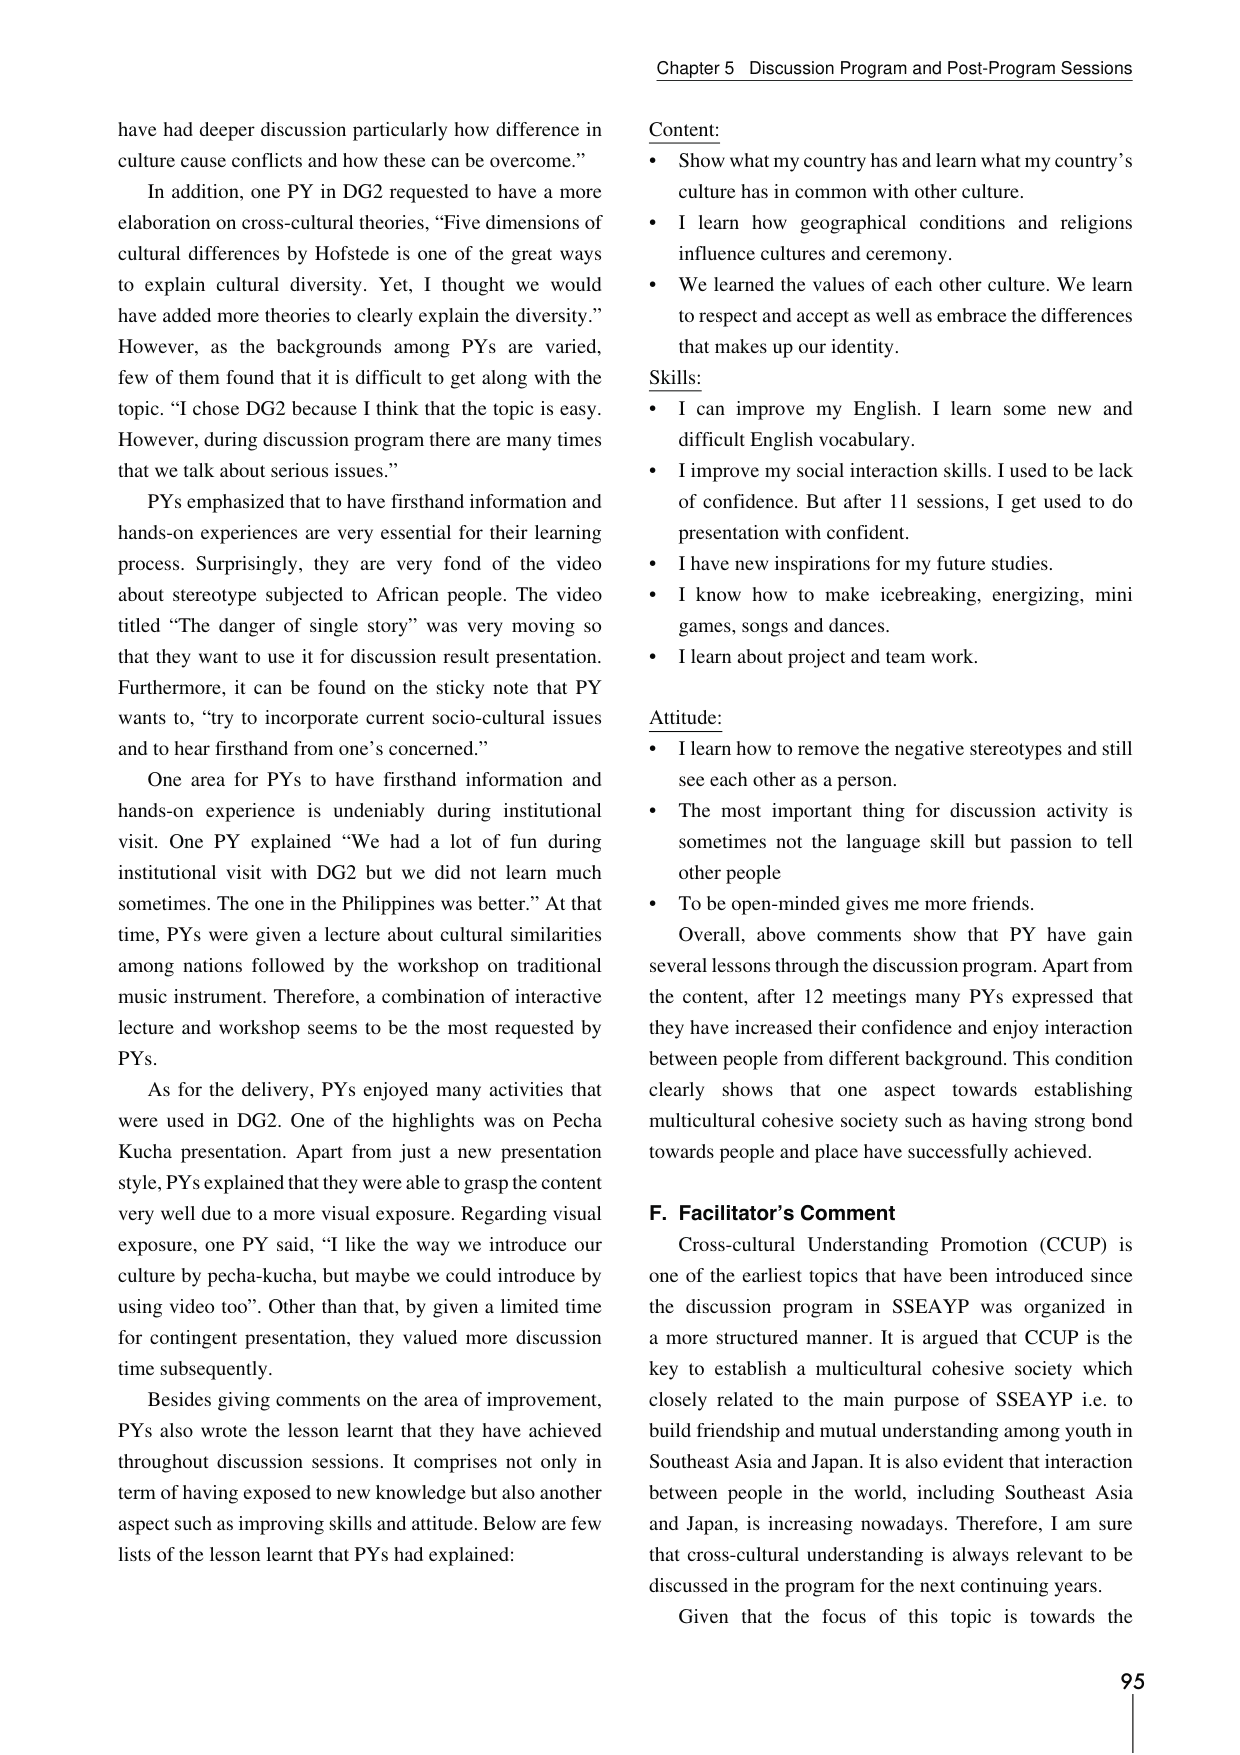
Chapter 5 Discussion Program and Post-Program Sessions

have had deeper discussion particularly how difference in culture cause conflicts and how these can be overcome.”

In addition, one PY in DG2 requested to have a more elaboration on cross-cultural theories, “Five dimensions of cultural differences by Hofstede is one of the great ways to explain cultural diversity. Yet, I thought we would have added more theories to clearly explain the diversity.” However, as the backgrounds among PYs are varied, few of them found that it is difficult to get along with the topic. “I chose DG2 because I think that the topic is easy. However, during discussion program there are many times that we talk about serious issues.”

PYs emphasized that to have firsthand information and hands-on experiences are very essential for their learning process. Surprisingly, they are very fond of the video about stereotype subjected to African people. The video titled “The danger of single story” was very moving so that they want to use it for discussion result presentation. Furthermore, it can be found on the sticky note that PY wants to, “try to incorporate current socio-cultural issues and to hear firsthand from one’s concerned.”

One area for PYs to have firsthand information and hands-on experience is undeniably during institutional visit. One PY explained “We had a lot of fun during institutional visit with DG2 but we did not learn much sometimes. The one in the Philippines was better.” At that time, PYs were given a lecture about cultural similarities among nations followed by the workshop on traditional music instrument. Therefore, a combination of interactive lecture and workshop seems to be the most requested by PYs.

As for the delivery, PYs enjoyed many activities that were used in DG2. One of the highlights was on Pecha Kucha presentation. Apart from just a new presentation style, PYs explained that they were able to grasp the content very well due to a more visual exposure. Regarding visual exposure, one PY said, “I like the way we introduce our culture by pecha-kucha, but maybe we could introduce by using video too”. Other than that, by given a limited time for contingent presentation, they valued more discussion time subsequently.

Besides giving comments on the area of improvement, PYs also wrote the lesson learnt that they have achieved throughout discussion sessions. It comprises not only in term of having exposed to new knowledge but also another aspect such as improving skills and attitude. Below are few lists of the lesson learnt that PYs had explained:

Content:
• Show what my country has and learn what my country’s culture has in common with other culture.
• I learn how geographical conditions and religions influence cultures and ceremony.
• We learned the values of each other culture. We learn to respect and accept as well as embrace the differences that makes up our identity.

Skills:
• I can improve my English. I learn some new and difficult English vocabulary.
• I improve my social interaction skills. I used to be lack of confidence. But after 11 sessions, I get used to do presentation with confident.
• I have new inspirations for my future studies.
• I know how to make icebreaking, energizing, mini games, songs and dances.
• I learn about project and team work.

Attitude:
• I learn how to remove the negative stereotypes and still see each other as a person.
• The most important thing for discussion activity is sometimes not the language skill but passion to tell other people
• To be open-minded gives me more friends.

Overall, above comments show that PY have gain several lessons through the discussion program. Apart from the content, after 12 meetings many PYs expressed that they have increased their confidence and enjoy interaction between people from different background. This condition clearly shows that one aspect towards establishing multicultural cohesive society such as having strong bond towards people and place have successfully achieved.

F. Facilitator’s Comment

Cross-cultural Understanding Promotion (CCUP) is one of the earliest topics that have been introduced since the discussion program in SSEAYP was organized in a more structured manner. It is argued that CCUP is the key to establish a multicultural cohesive society which closely related to the main purpose of SSEAYP i.e. to build friendship and mutual understanding among youth in Southeast Asia and Japan. It is also evident that interaction between people in the world, including Southeast Asia and Japan, is increasing nowadays. Therefore, I am sure that cross-cultural understanding is always relevant to be discussed in the program for the next continuing years.

Given that the focus of this topic is towards the

95